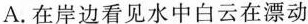
A.在岸边看见水中白云在漂动